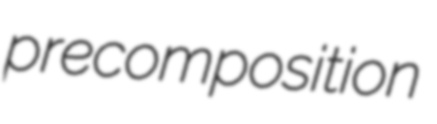
precomposition